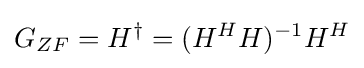
G_{ZF}=H^{\dagger }=(H^{H}H)^{-1}H^{H}